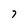
Character: 7